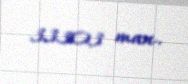
33303 man.